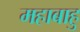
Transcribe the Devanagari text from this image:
महाबाहु